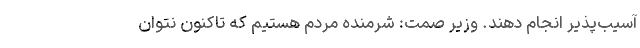
آسیب‌پذیر انجام دهند. وزیر صمت: شرمنده مردم هستیم که تاکنون نتوان